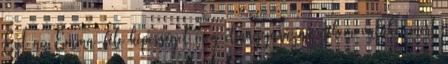
Ezt az Emma-féle képességet meg elmagyarázná nekem valaki, mert